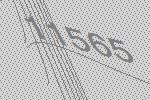
11565